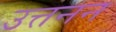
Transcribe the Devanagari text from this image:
उत्तनन